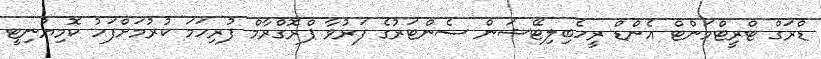
ޑްރަގް ޓްރީޓްމަންޓް އެންޑް ރީހެބިލިޓޭޝަން ސެންޓަރުގެ ފަރުވާ ޕްރޮގްރާމް ފުރިހަމަ ކުރުމަށްފަހު ކޮމިޔުނިޓީ